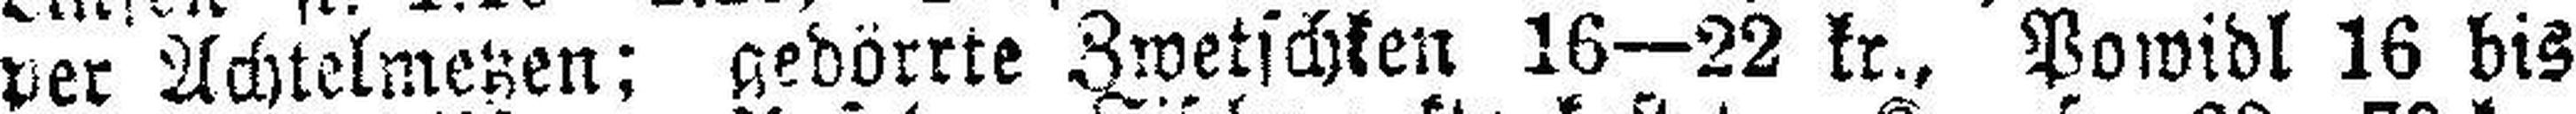
per Achtelmetzen: gedörrte Zwetschken 16—22 kr., Powidl 16 bis